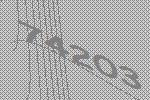
74203